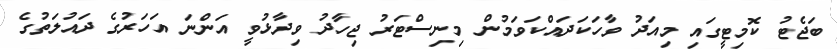
ބަޖެޓު ކޮމިޓީގައި މިއަދު ވާހަކަދައްކަވަމުން މިނިސްޓަރު ޖިހާދު ވިދާޅުވީ އަންނަ އަހަރުގެ ދައުލަތުގެ